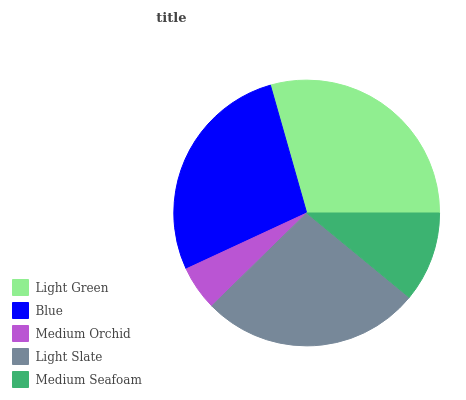
| Light Green | Blue | Medium Orchid | Light Slate | Medium Seafoam |
 | --- | --- | --- | --- | --- |
 | 29.4% | 27.5% | 5.42% | 26.7% | 11% |